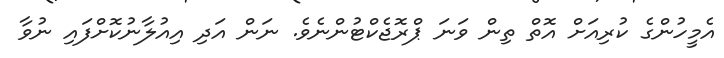
އެމީހުންގެ ކުރިއަށް އޮތް ތިން ވަނަ ޕްރޮޖެކްޓުންނެވެ. ނަން އަދި އިއުލާނުކޮށްފައި ނުވާ